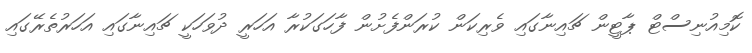
ކޮމިއުނިސްޓް ޕާޓީން ޗައިނާގައި ވެރިކަން ކުރަންފެށުން ފާހަގަކުރާ އަހަރީ ދުވަހަކީ ޗައިނާގައި އަހަރުތެރޭގައި